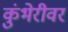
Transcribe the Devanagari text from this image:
कुंभेरीवर